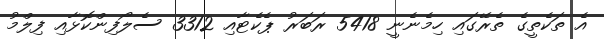
އެ ތަކެތީގެ ތެރޭގައި ހިމެނެނީ 5418 ރަބަރު ޕެކެޓާއި 3312 ސެލޯފިންކޮޅާއި ފިލްމު